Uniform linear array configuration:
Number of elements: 32
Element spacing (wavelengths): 0.25
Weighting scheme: blackman
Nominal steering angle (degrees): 60
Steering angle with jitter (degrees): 61.377
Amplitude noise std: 0.05
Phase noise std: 0.05

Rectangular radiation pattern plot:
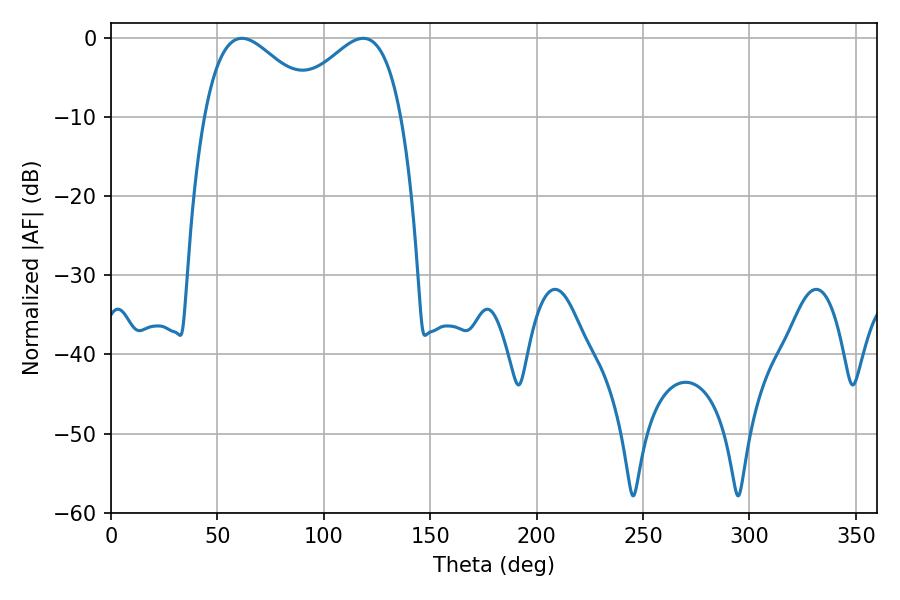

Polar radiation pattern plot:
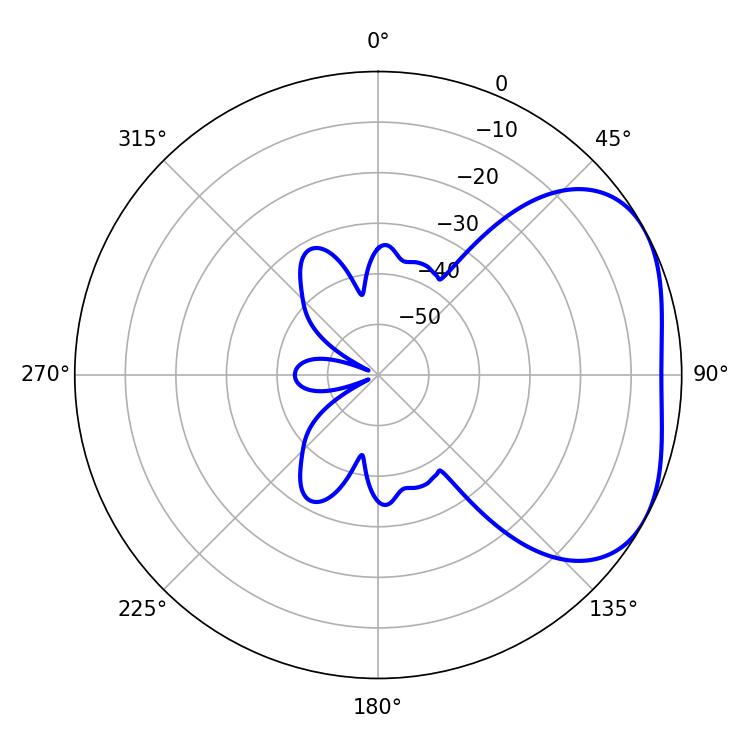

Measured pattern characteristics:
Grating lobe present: FALSE
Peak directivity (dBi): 3.361
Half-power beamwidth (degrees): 28.8
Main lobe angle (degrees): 61.56